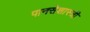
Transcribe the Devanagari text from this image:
पानसेशास्त्री